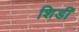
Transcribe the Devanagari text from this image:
शिडीं